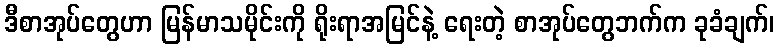
ဒီစာအုပ်တွေဟာ မြန်မာသမိုင်းကို ရိုးရာအမြင်နဲ့ ရေးတဲ့ စာအုပ်တွေဘက်က ခုခံချက်၊